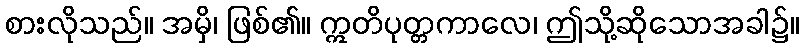
စားလိုသည်။ အမှိ၊ ဖြစ်၏။ ဣတိပုတ္တကာလေ၊ ဤသို့ဆိုသောအခါ၌။